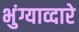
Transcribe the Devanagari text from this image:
भुंग्याव्दारे